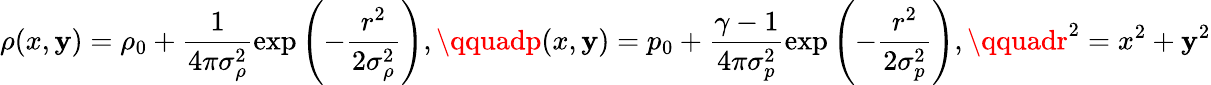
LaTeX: \rho(x,\mathbf{y})=\rho_{0}+\frac{{1}}{{4\pi\sigma_{\rho}^{2}}}\exp\left(-\frac{{r^{2}}}{{2\sigma_{\rho}^{2}}}\right),\qquadp(x,\mathbf{y})=p_{0}+\frac{{\gamma-1}}{{4\pi\sigma_{p}^{2}}}\exp\left(-\frac{{r^{2}}}{{2\sigma_{p}^{2}}}\right),\qquadr^{2}=x^{2}+\mathbf{y}^{2}